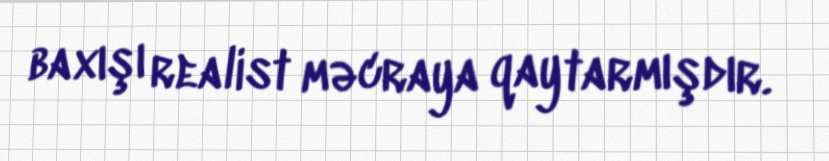
baxışı realist məcraya qaytarmışdır.